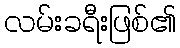
လမ်းခရီးဖြစ်၏